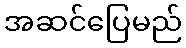
အဆင်ပြေမည်